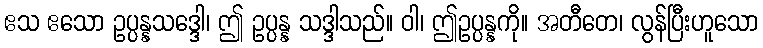
ဧသ ဧသော ဥပ္ပန္နသဒ္ဒေါ၊ ဤ ဥပ္ပန္န သဒ္ဒါသည်။ ဝါ၊ ဤဥပ္ပန္နကို။ အတီတေ၊ လွန်ပြီးဟူသော